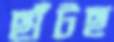
ছাঁটছ